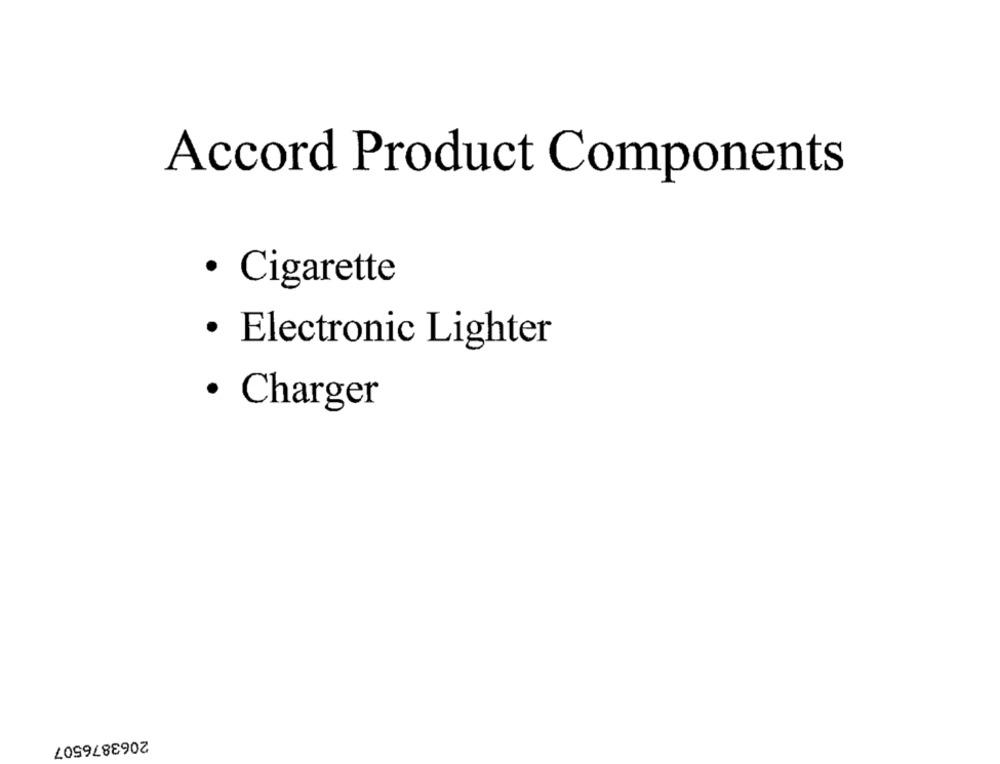
Accord Product Components
· Cigarette
· Electronic Lighter
· Charger
2063876507